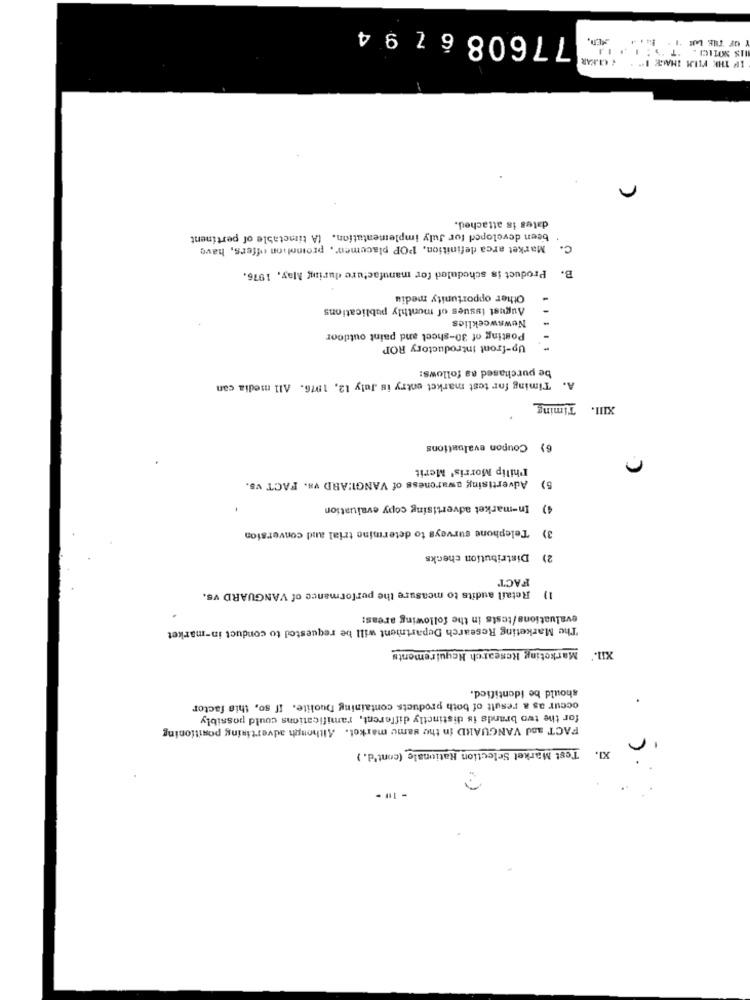
7760867 94
MED.
OF THE LAR I . E.
IF THE FILM IHALE 1" . ¿ CIKAR
dates is attached.
been developed for July implementation. (A timetable of pertinent
C. Market arca definition, POP placemen, promotion offers, have
. Product is scheduled for manufacture during May, 1976.
Other opportunity mediu
August issues of monthly publications
Newsweeklics
Posting of 30-sheet and paint outdoor
Up-front introductory ROP
be purchased as follows:
Timing for test market entry is July 12, 1976. All media can
A+
XIII. Timing
6) Coupon evaluations
Philip Morris' Merit
Advertising awareness of VANGI:ARD vs. FACT vs.
In-market advertising copy evaluation
4)
3) Telephone surveys to determine trial and conversion
2) Distribution checks
FACT
1) Retail audits to measure the performance of VANGUARD vs.
evaluations/tests in the following areas:
The Marketing Research Department will be requested to conduct in-market
XII.' Marketing Research Requirements
should be identified.
occur as a result of both products containing Duolite. If so, this factor
for the two brands is distinctly different, ramifications could possibly
FACT and VANGUARD in the same market. Although advertising positioning
r
XI.
Test Market Selection Rationale (cont'd.)
r.)
- 19 -